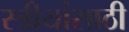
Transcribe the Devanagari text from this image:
स्त्रीयांसाठी